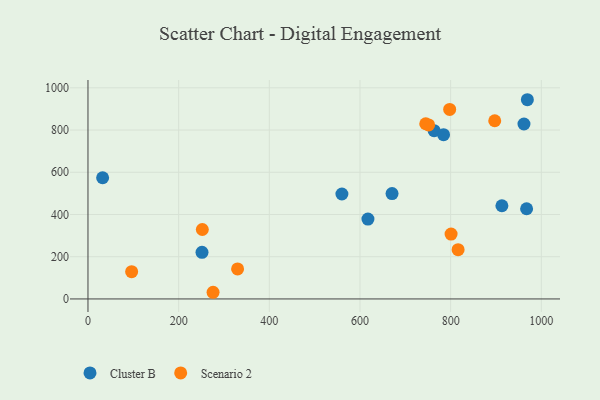
{"axis": {"x": "Investment", "y": "Sales"}, "legend": ["Cluster B", "Scenario 2"], "data": [{"x": "670.7", "y": 499.1, "type": "Cluster B"}, {"x": "251.5", "y": 220.7, "type": "Cluster B"}, {"x": "32.3", "y": 574.0, "type": "Cluster B"}, {"x": "763.6", "y": 796.8, "type": "Cluster B"}, {"x": "969.2", "y": 943.6, "type": "Cluster B"}, {"x": "560.1", "y": 497.1, "type": "Cluster B"}, {"x": "617.5", "y": 378.3, "type": "Cluster B"}, {"x": "913.0", "y": 441.4, "type": "Cluster B"}, {"x": "784.3", "y": 777.9, "type": "Cluster B"}, {"x": "967.5", "y": 427.2, "type": "Cluster B"}, {"x": "961.7", "y": 828.6, "type": "Cluster B"}, {"x": "330.0", "y": 142.3, "type": "Scenario 2"}, {"x": "751.4", "y": 824.1, "type": "Scenario 2"}, {"x": "897.2", "y": 844.1, "type": "Scenario 2"}, {"x": "745.0", "y": 829.7, "type": "Scenario 2"}, {"x": "816.4", "y": 233.5, "type": "Scenario 2"}, {"x": "797.8", "y": 897.7, "type": "Scenario 2"}, {"x": "275.9", "y": 31.6, "type": "Scenario 2"}, {"x": "252.2", "y": 329.0, "type": "Scenario 2"}, {"x": "96.3", "y": 129.2, "type": "Scenario 2"}, {"x": "800.9", "y": 307.4, "type": "Scenario 2"}]}